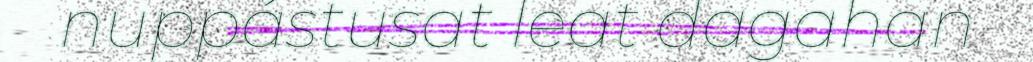
nuppástusat leat dagahan